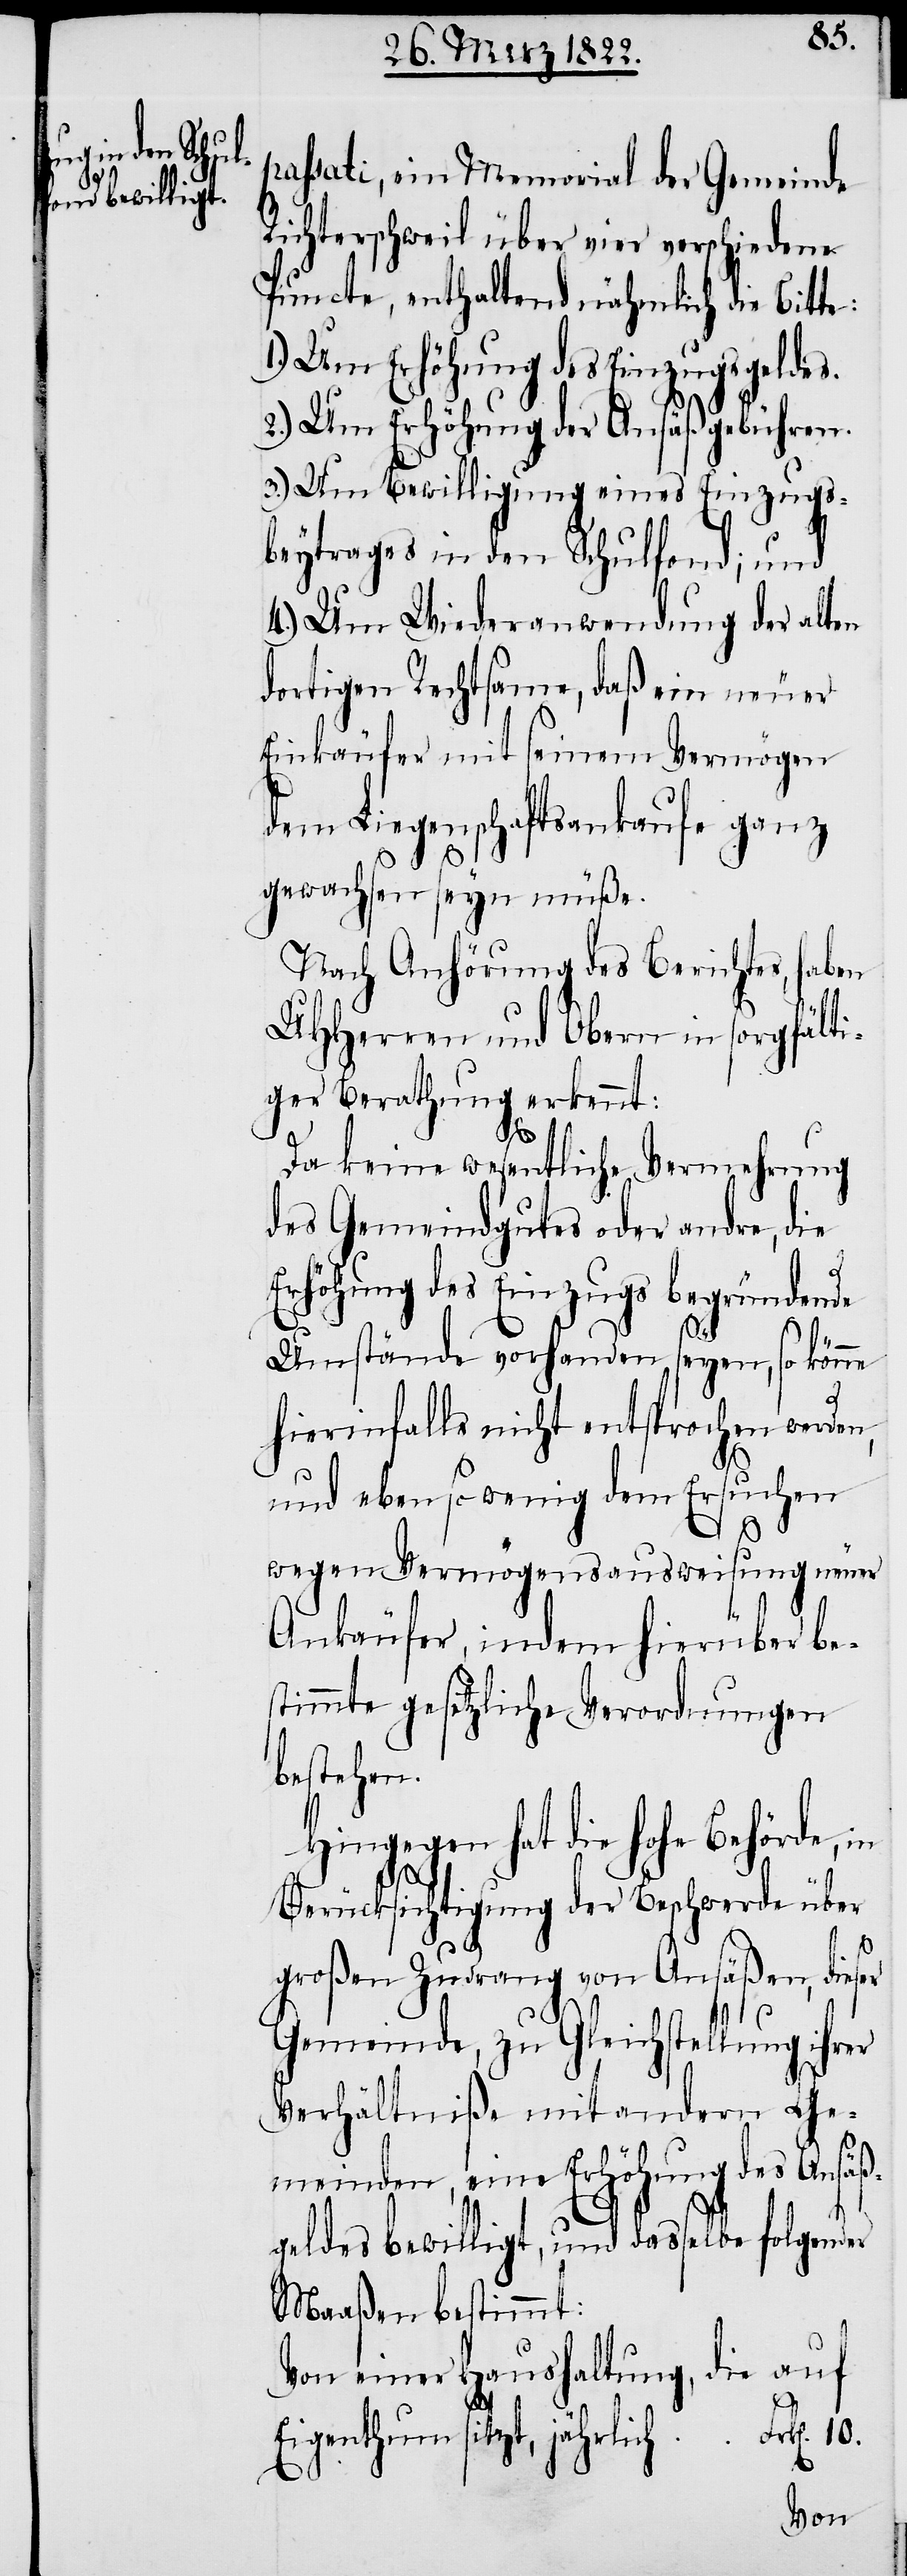
passati, ein Memorial der Gemeinde
Richterschweil über vier verschiedene
Puncte, enthaltend nähmlich die Bitte:
1.) Um Erhöhung des Einzugsgeldes.
2.) Um Erhöhung der Ansäßgebühren.
3.) Um Bewilligung eines Einzugs¬
beytrages in den Schulfond; und
4.) Um Wiederanwendung der alten
dortigen Rechtsame, daß ein neuer
Einkäufer mit seinem Vermögen
dem Liegenschaftsankaufe ganz
gewachsen seyn müße.
Nach Anhörung des Berichtes, haben
UHHerren und Obern in sorgfälti¬
ger Berathung erkennt:
Da keine wesentliche Vermehrung
des Gemeindgutes oder andre, die
Erhöhung des Einzugs begründete
Umstände vorhanden seyen, so könne
hierinfalls nicht entsprochen werden,
und eben so wenige dem Ersuchen
wegen Vermögensausweisung neuer
Ankäufer, indem hierüber be¬
stimmte gesetzliche Verordnungen
bestehen.
Hingegen hat die hohe Behörde, in
Berücksichtigung der Beschwerde über
10.
großen Zudrang von Ansäßen, dieser
Gemeinde, zu Gleichstellung ihrer
Verhältniße mit andern Ge¬
meinden, eine Erhöhung des Ansä¬
geldes bewilligt, und dasselbe folgender
Maaßen bestimmt:
Von einer Haushaltung, die auf
Eigenthum sitzt, jährli¬